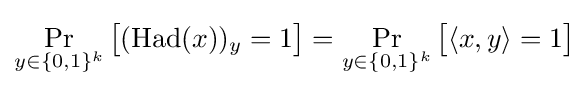
\Pr _{y\in \{0,1\}^{k}}{\big [}({\text{Had}}(x))_{y}=1{\big ]}=\Pr _{y\in \{0,1\}^{k}}{\big [}\langle x,y\rangle =1{\big ]}